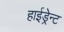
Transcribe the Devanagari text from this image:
हाईड्रेन्ट